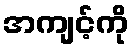
အကျင့်ကို